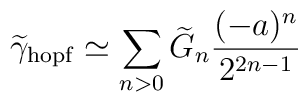
\widetilde\gamma_{\rm hopf}\simeq\sum_{n>0}\widetilde{G}_n{(-a)^n\over2^{2n-1}}